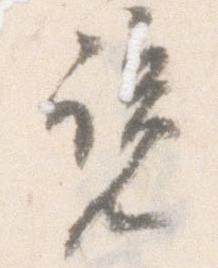
覧